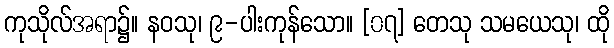
ကုသိုလ်အရာ၌။ နဝသု၊ ၉-ပါးကုန်သော။ [၀၇] တေသု သမယေသု၊ ထို